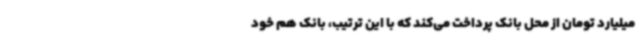
میلیارد تومان از محل بانک پرداخت می‌کند که با این ترتیب، بانک هم خود